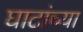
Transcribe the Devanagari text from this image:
घाटांच्या